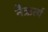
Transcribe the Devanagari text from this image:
नैऋर्त्य